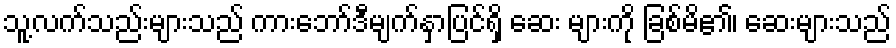
သူ့လက်သည်းများသည် ကားဘော်ဒီမျက်နှာပြင်ရှိ ဆေး များကို ခြစ်မိ၏၊ ဆေးများသည်